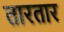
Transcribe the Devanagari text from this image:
तारतार